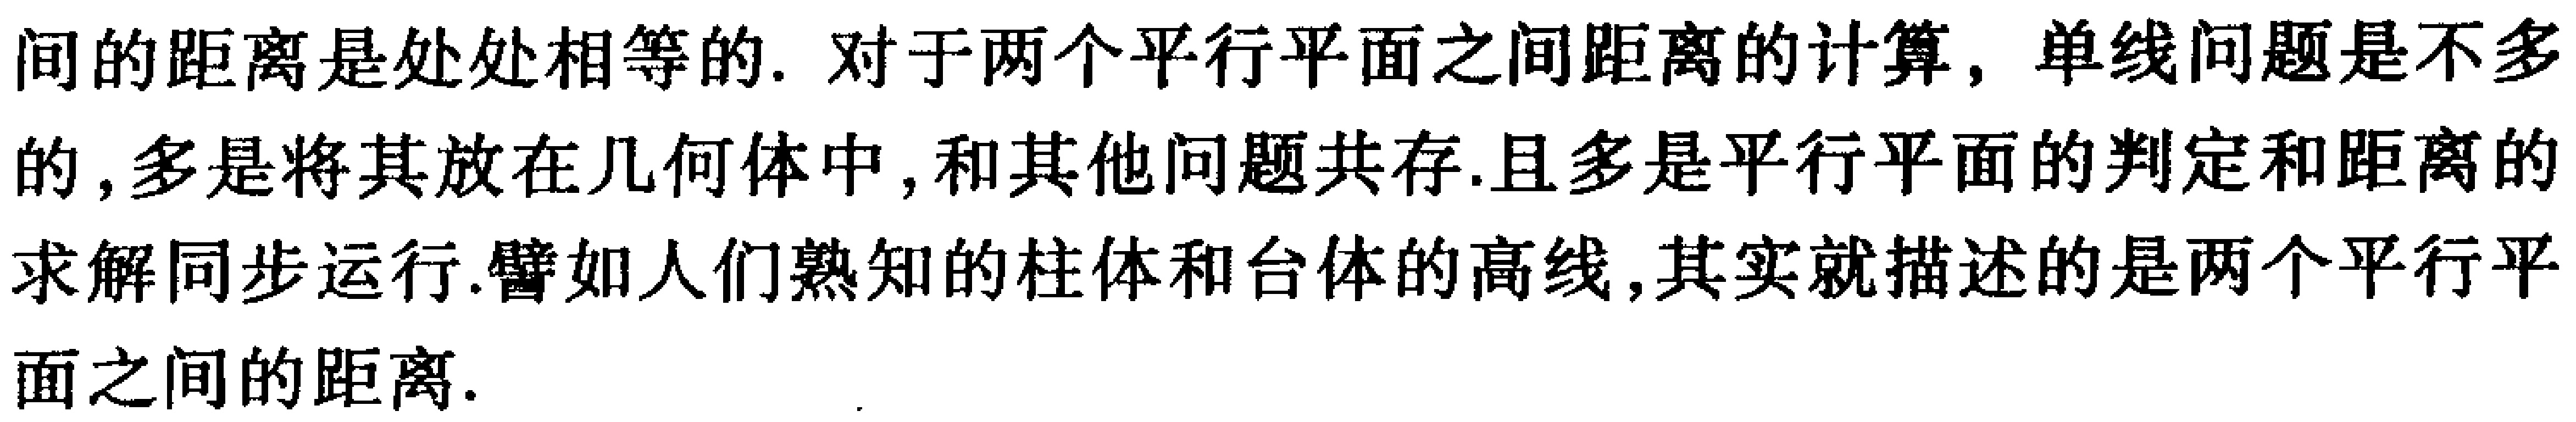
间的距离是处处相等的. 对于两个平行平面之间距离的计算, 单线问题是不多的, 多是将其放在几何体中, 和其他问题共存.且多是平行平面的判定和距离的求解同步运行.譬如人们熟知的柱体和台体的高线, 其实就描述的是两个平行平面之间的距离.